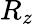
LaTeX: R_{z}